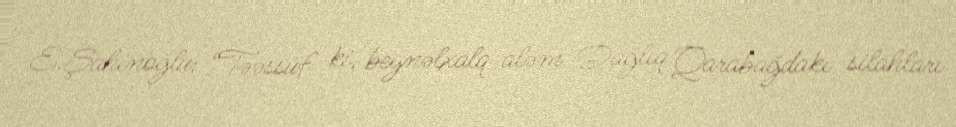
E.Şahinoğlu: “Təəssüf ki, beynəlxalq aləm Dağlıq Qarabağdakı silahları